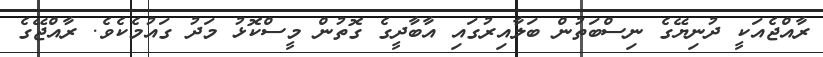
ރާއްޖެއަކީ ދުނިޔޭގެ ނިސްބަތުން ބަލާއިރުގައި އާބާދީގެ ގޮތުން މީސްކޮޅު މަދު ގައުމެކެވެ. ރާއްޖޭގެ